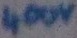
Text: 400V